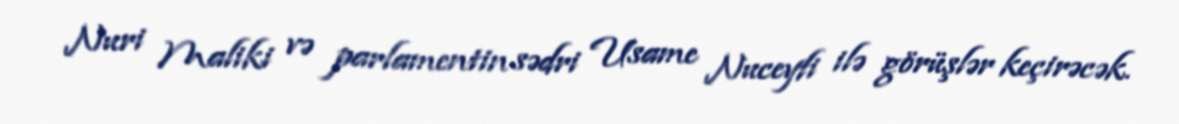
Nuri Maliki və parlamentin sədri Usame Nuceyfi ilə görüşlər keçirəcək.